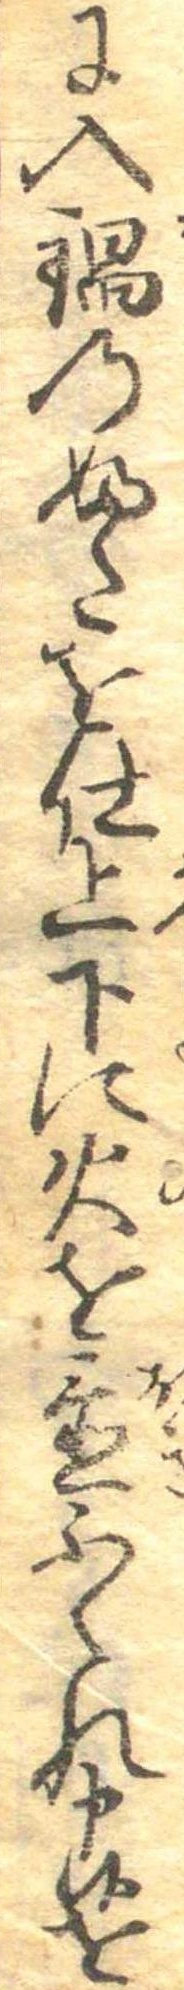
に入鍋のふたを仕上下に火を置ふくれ申候を